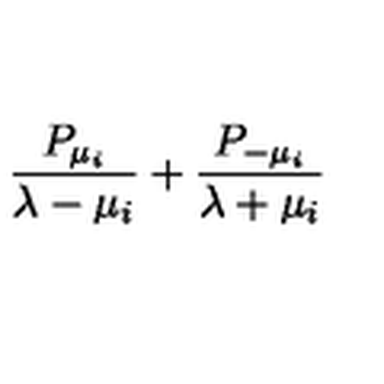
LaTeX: { { \frac { P _ { \mu _ { i } } } { \lambda - \mu _ { i } } } + { \frac { P _ { - \mu _ { i } } } { \lambda + \mu _ { i } } } }